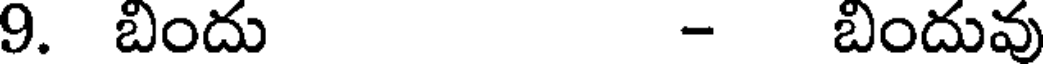
9. బిందు - బిందువు